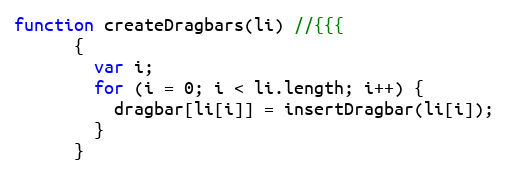
Language: JavaScript
function createDragbars(li) //{{{
      {
        var i;
        for (i = 0; i < li.length; i++) {
          dragbar[li[i]] = insertDragbar(li[i]);
        }
      }